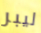
ليبر